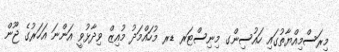
މިރަސްމިއްޔާތުގައި ހައުސިންގ މިނިސްޓަރ ޑރ މުހައްމަދު މުއިޒް ވިދާޅުވީ އަންނަ އަހަރުގެ ޖޫން